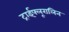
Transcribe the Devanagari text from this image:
ट्राईफ्लूरालिन